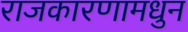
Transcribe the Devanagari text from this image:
राजकारणामधुन